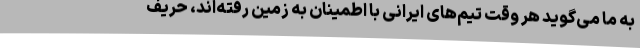
به ما می‌گوید هر وقت تیم‌های ایرانی با اطمینان به زمین رفته‌اند، حریف